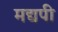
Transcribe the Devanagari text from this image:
मद्यपी